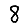
Digit: 8